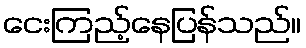
ငေးကြည့်နေပြန်သည်။